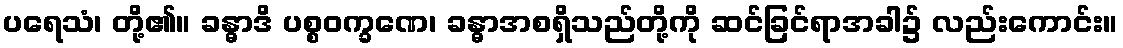
ပရေသံ၊ တို့၏။ ခန္ဓာဒိ ပစ္စဝက္ခဏေ၊ ခန္ဓာအစရှိသည်တို့ကို ဆင်ခြင်ရာအခါ၌ လည်းကောင်း။